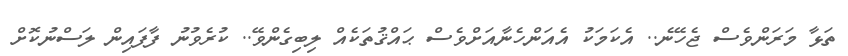
ތަޅާ މަރަންވެސް ޖެހޭނެ.. އެކަމަކު އެއަންހެނާއަށްވެސް ޙައްޤުތަކެއް ލިބިގެންވޭ.. ކުރެވުނު ފާފައިން ލަސްނުކޮށް